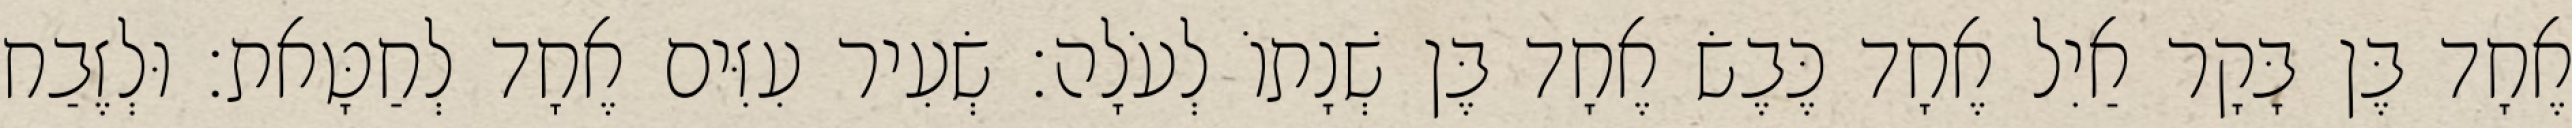
אֶחָד בֶּן בָּקָר אַיִל אֶחָד כֶּבֶשׂ אֶחָד בֶּן שְׁנָתוֹ לְעֹלָה׃ שְׂעִיר עִזִּים אֶחָד לְחַטָּאת׃ וּלְזֶבַח